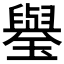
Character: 𤪐